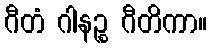
ဂီတံ ဂါနဉ္စ ဂီတိကာ။